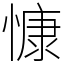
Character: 慷